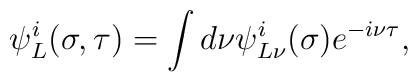
\psi_L^i(\sigma,\tau)=\int d\nu\psi^i_{L\nu}(\sigma)e^{-i\nu\tau},